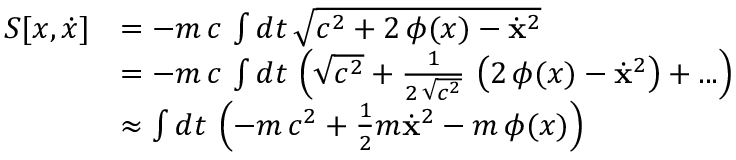
{ \begin{array} { r l } { S [ x , { \dot { x } } ] } & { = - m \, c \, \int d t \, { \sqrt { c ^ { 2 } + 2 \, \phi ( x ) - { \dot { \mathbf { x } } } ^ { 2 } } } } \\ & { = - m \, c \, \int d t \, \left( { \sqrt { c ^ { 2 } } } + { \frac { 1 } { 2 \, { \sqrt { c ^ { 2 } } } } } \, \left( 2 \, \phi ( x ) - { \dot { \mathbf { x } } } ^ { 2 } \right) + . . . \right) } \\ & { \approx \int d t \, \left( - m \, c ^ { 2 } + { \frac { 1 } { 2 } } m { \dot { \mathbf { x } } } ^ { 2 } - m \, \phi ( x ) \right) } \end{array} }